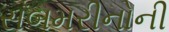
સબમરીનોની